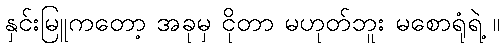
နှင်းမြူကတော့ အခုမှ ငိုတာ မဟုတ်ဘူး မစောရုံရဲ့ ။